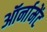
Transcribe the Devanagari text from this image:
ऑर्नामेंट